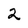
Character: 2